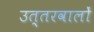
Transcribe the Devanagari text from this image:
उत्तरवालों